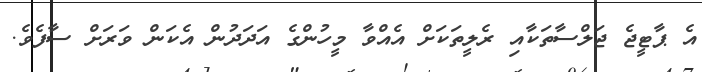
އެ ޕާޓީޖެ ޖަލްސާތަކާއި ރެލީތަކަށް އެއްވާ މީހުންގެ އަދަދުން އެކަން ވަރަށް ސާފެވެ.